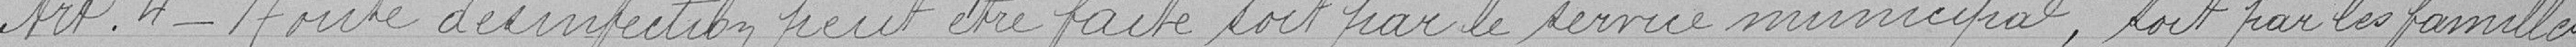
Art. 4 - Toute désinfection peut être faite soit par le service municipal, soit par les familles